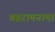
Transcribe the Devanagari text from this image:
बहरामनामा